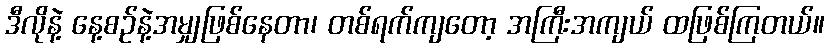
ဒီလိုနဲ့ နေ့စဉ်နဲ့အမျှဖြစ်နေတာ၊ တစ်ရက်ကျတော့ အကြီးအကျယ် ထဖြစ်ကြတယ်။